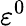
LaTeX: \varepsilon^{0}